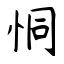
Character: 恫